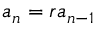
a _ { n } = r a _ { n - 1 }